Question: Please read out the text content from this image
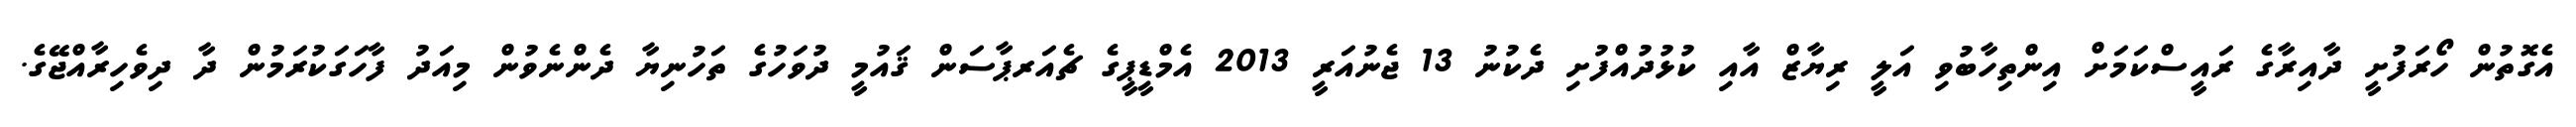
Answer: އެގޮތުން ހޯރަފުށީ ދާއިރާގެ ރައީސްކަމަށް އިންތިހާބުވި އަލީ ރިޔާޒް އާއި ކުޅުދުއްފުށި ދެކުނު 13 ޖެނުއަރީ 2013 އެމްޑީޕީގެ ޗެއަރޕާސަން ޤައުމީ ދުވަހުގެ ތަހުނިޔާ ދެންނެވުން މިއަދު ފާހަގަކުރަމުން ދާ ދިވެހިރާއްޖޭގެ.